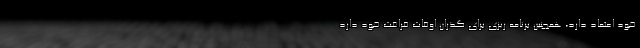
خود اعتماد دارد، همچنین برنامه ریزی برای گذران اوقات فراغت خود دارد